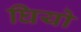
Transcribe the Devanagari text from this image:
घियो